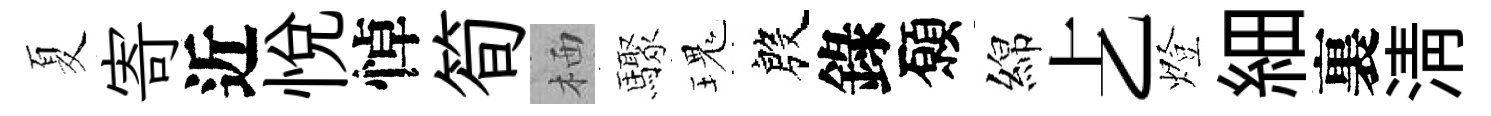
夏寄近悦悼筍栖驟瑰殷錄願綿𠧒燈細裏淸